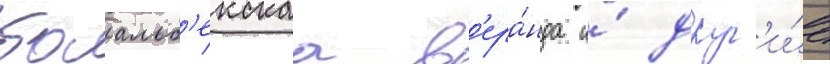
баальб'екскаа в'ера́нда и́ друг'и́е